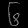
Digit: ၆